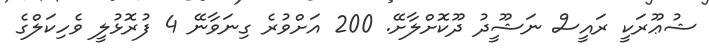
ޝުޢޫރަކީ ރައީސް ނަޝޫީދު ދޫކޮށްލާށޭ. 200 އަށްވުރެ ގިނަވާނޭ 4 ފުރޮޅުލީ ވެހިކަލްގެ